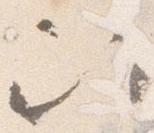
次